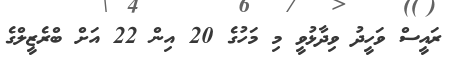
ރައީސް ވަހީދު ވިދާޅުވީ މި މަހުގެ 20 އިން 22 އަށް ބްރެޒީލްގެ